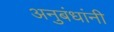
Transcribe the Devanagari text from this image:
अनुबंधांनी